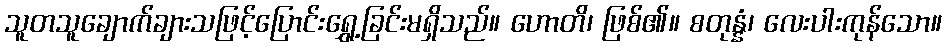
သူတသူချောက်ချားသဖြင့်ပြောင်းရွှေ့ခြင်းမရှိသည်။ ဟောတိ၊ ဖြစ်၏။ စတုန္နံ၊ လေးပါးကုန်သော။